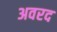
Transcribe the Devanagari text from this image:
अवरद